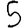
Digit: 5